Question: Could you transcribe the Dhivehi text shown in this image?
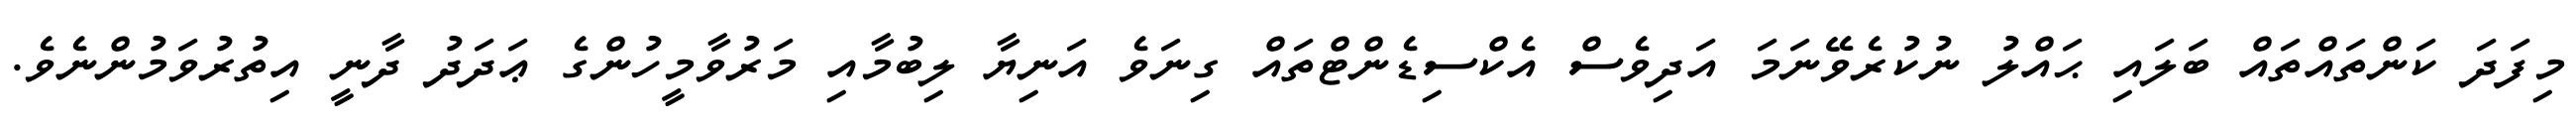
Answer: މިފަދަ ކަންތައްތައް ބަލައި ޙައްލު ނުކުރެވޭނަމަ އަދިވެސް އެކްސިޑެންޓްތައް ގިނަވެ އަނިޔާ ލިބުމާއި މަރުވާމީހުންގެ ޢަދަދު ދާނީ އިތުރުވަމުންނެވެ.